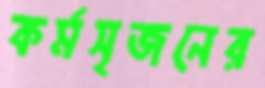
কর্মসৃজনের